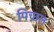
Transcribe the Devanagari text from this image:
पिच्छल